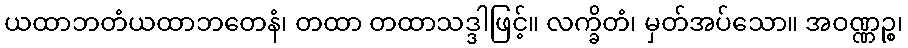
ယထာဘတံယထာဘတေနံ၊ တထာ တထာသဒ္ဒါဖြင့်။ လက္ခိတံ၊ မှတ်အပ်သော။ အဝဏ္ဏဉ္စ၊